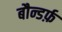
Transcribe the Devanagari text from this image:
बौन्डर्फ़